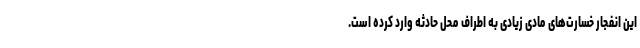
این انفجار خسارت‌های مادی زیادی به اطراف محل حادثه وارد کرده است.